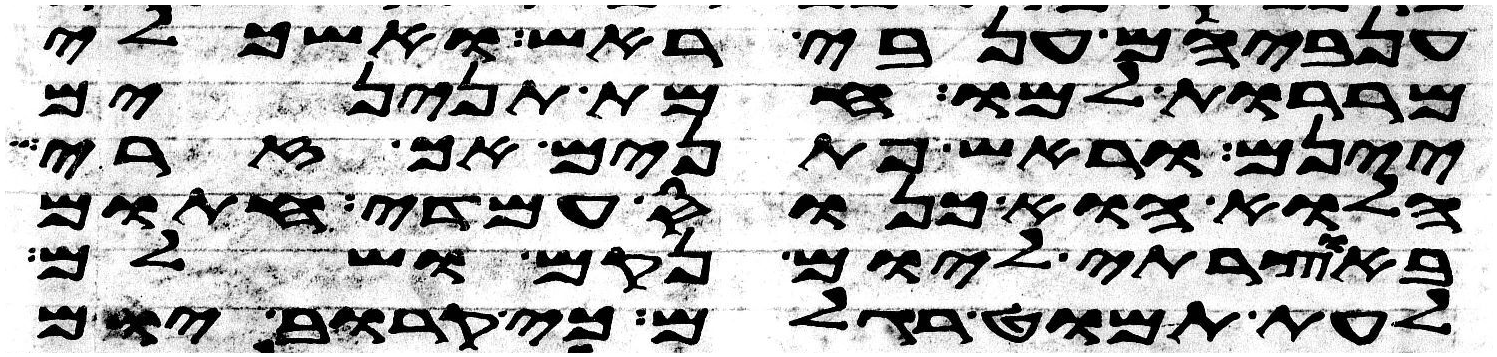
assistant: ענביהם ענבי ראש ואשכלי
מררות למו חמת תנינים
יינם וראש פתנים אך זרי
הלוא הוא כנוס עמדי חתום
באוצרתי ליום נקם ושלם
לעת תמוט רגלם כי קרוב יום